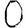
Digit: 0